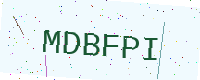
Text: MDBFPI